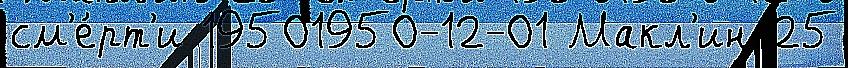
см'е́рт'и 19501950-12-01 Макл'ин 25